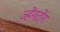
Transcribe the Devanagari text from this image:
ज़्हेंगटोंग